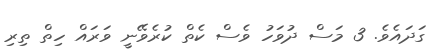
ގަދައެވެ. 3 މަސް ދުވަހު ވެސް ކެތް ކުރެވޭނީ ވަރައް ހިތް ތިރި